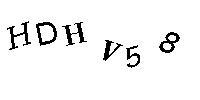
HDHV58